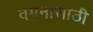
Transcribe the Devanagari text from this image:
वमनासाठी